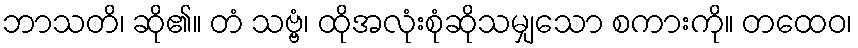
ဘာသတိ၊ ဆို၏။ တံ သဗ္ဗံ၊ ထိုအလုံးစုံဆိုသမျှသော စကားကို။ တထေဝ၊